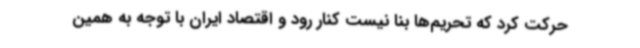
حرکت کرد که تحریم‌ها بنا نیست کنار رود و اقتصاد ایران با توجه به همین